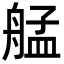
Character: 艋